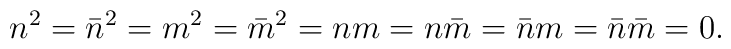
n^{2}=\bar{n}^{2}=m^{2}=\bar{m}^{2}=nm=n\bar{m}=\bar{n}m=\bar{n}\bar{m}=0.